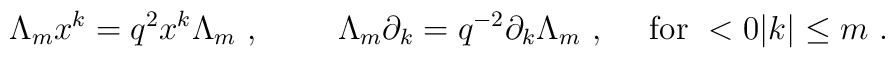
\Lambda_m x^k=q^2x^k \Lambda_m~,~~~~~~~\Lambda_m\partial _k=q^{-2}\partial_k\Lambda_m~,~~~~{\rm for}~<0\vert k\vert\leq m~.